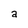
Character: a